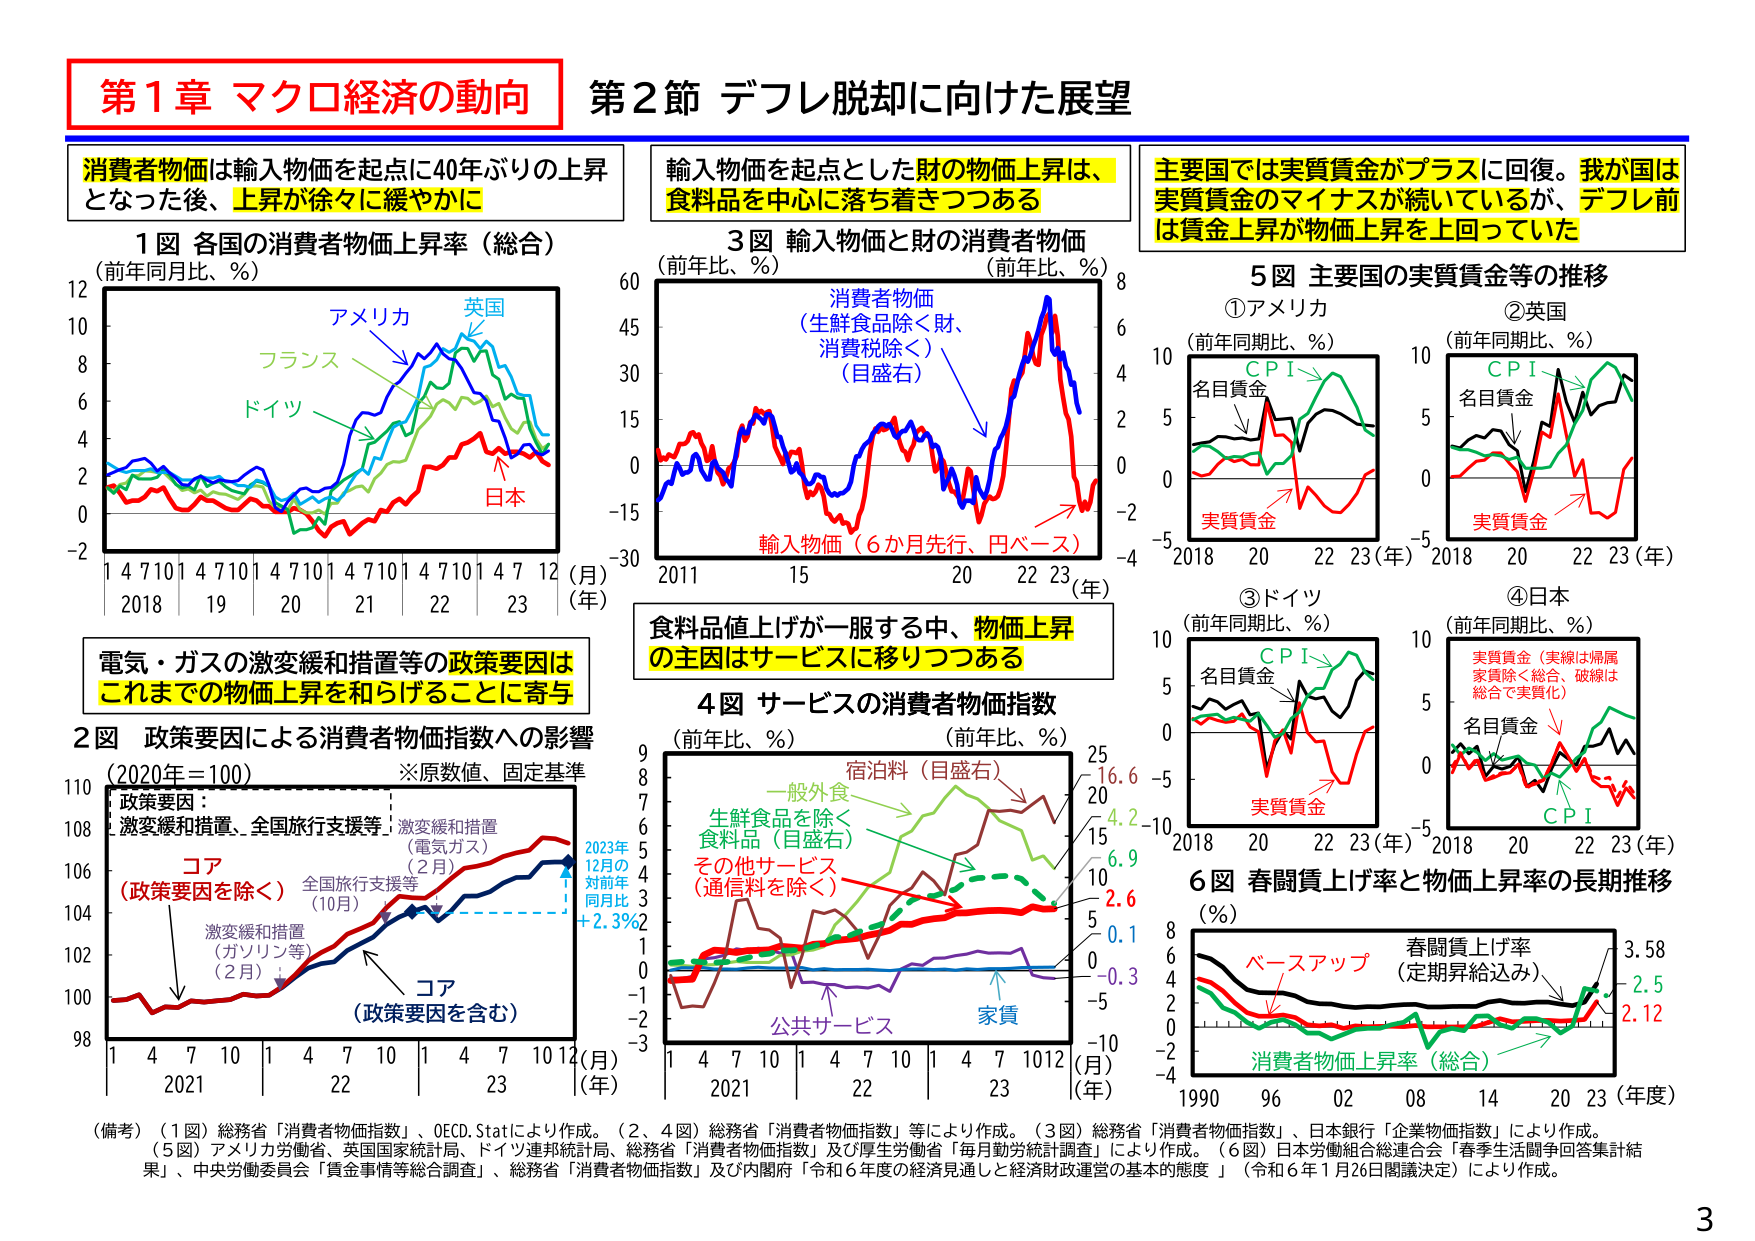
第1章 マクロ経済の動向
第2節 デフレ脱却に向けた展望

消費者物価は輸入物価を起点に40年ぶりの上昇
となった後、上昇が徐々に緩やかに

1図 各国の消費者物価上昇率（総合）
（前年同月比、％）
アメリカ
英国
フランス
ドイツ
日本
1 4 7 10 1 4 7 10 1 4 7 10 1 4 7 10 1 4 7 12（月）
2018 19 20 21 22 23（年）

輸入物価を起点とした財の物価上昇は、
食料品を中心に落ち着きつつある

3図 輸入物価と財の消費者物価
（前年比、％）（前年比、％）
消費者物価
（生鮮食品除く財、
消費税除く）
（目盛右）
輸入物価（6か月先行、円ベース）
2011 15 20 22 23（年）

主要国では実質賃金がプラスに回復。我が国は
実質賃金のマイナスが続いているが、デフレ前
は賃金上昇が物価上昇を上回っていた

5図 主要国の実質賃金等の推移
①アメリカ
（前年同期比、％）
CPI
名目賃金
実質賃金
2018 20 22 23（年）
②英国
（前年同期比、％）
CPI
名目賃金
実質賃金
2018 20 22 23（年）
③ドイツ
（前年同期比、％）
CPI
名目賃金
実質賃金
2018 20 22 23（年）
④日本
（前年同期比、％）
実質賃金（実線は帰属
家賃除く総合、破線は
総合で実質化）
名目賃金
CPI
2018 20 22 23（年）

電気・ガスの激変緩和措置等の政策要因は
これまでの物価上昇を和らげることに寄与

2図 政策要因による消費者物価指数への影響
（2020年＝100）※原数值、固定基準
政策要因：
激変緩和措置、全国旅行支援等
（電気ガス）
（2月）
コア
（政策要因を除く）
全国旅行支援等
（10月）
激変緩和措置
（ガソリン等）
（2月）
コア
（政策要因を含む）
2023年
12月の
対前年
同月比
＋2.3％
1 4 7 10 1 4 7 10 1 4 7 10 12（月）
2021 22 23（年）

食料品値上げが一服する中、物価上昇
の主因はサービスに移りつつある

4図 サービスの消費者物価指数
（前年比、％）（前年比、％）
宿泊料（目盛右）
一般外食
生鮮食品を除く
食料品（目盛右）
その他サービス
（通信料を除く）
公共サービス
家賃
16.6
4.2
6.9
2.6
0.1
-0.3
1 4 7 10 1 4 7 10 1 4 7 10 12（月）
2021 22 23（年）

6図 春闘賃上げ率と物価上昇率の長期推移
（％）
ベースアップ
春闘賃上げ率
（定期昇給込み）
消費者物価上昇率（総合）
3.58
2.5
2.12
1990 96 02 08 14 20 23（年度）

（備考）（1図）総務省「消費者物価指数」、OECD.Statにより作成。（2、4図）総務省「消費者物価指数」等により作成。（3図）総務省「消費者物価指数」、日本銀行「企業物価指数」により作成。
（5図）アメリカ労働省、英国国家統計局、ドイツ連邦統計局、総務省「消費者物価指数」及び厚生労働省「毎月勤労統計調査」により作成。（6図）日本労働組合総連合会「春季生活闘争回答集計結果」、中央労働委員会「賃金事情等総合調査」、総務省「消費者物価指数」及び内閣府「令和6年度の経済見通しと経済財政運営の基本的態度」（令和6年1月26日閣議決定）により作成。

3